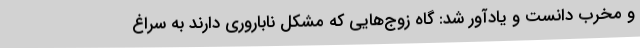
و مخرب دانست و یادآور شد: گاه زوج‌هایی که مشکل ناباروری دارند به سراغ